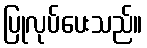
ပြုလုပ်ပေးသည်။